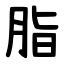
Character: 脂